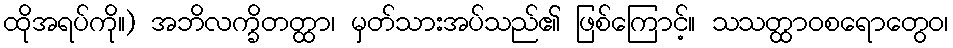
ထိုအရပ်ကို။) အဘိလက္ခိတတ္ထာ၊ မှတ်သားအပ်သည်၏ ဖြစ်ကြောင့်။ သသတ္ထာဝစရောတွေဝ၊